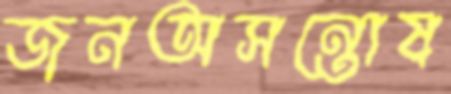
জনঅসন্তোষ